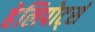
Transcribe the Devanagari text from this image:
हेलिपोर्ट्स